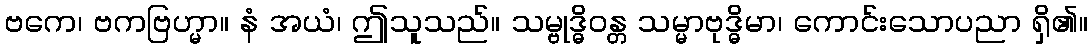
ဗကေ၊ ဗကဗြဟ္မာ။ နံ အယံ၊ ဤသူသည်။ သမ္ဗုဒ္ဓိဝန္တ သမ္မာဗုဒ္ဓိမာ၊ ကောင်းသောပညာ ရှိ၏။